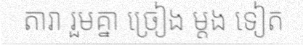
តារា រួមគ្នា ច្រៀង ម្តង ទៀត